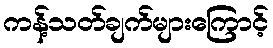
ကန့်သတ်ချက်များကြောင့်